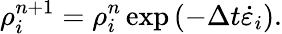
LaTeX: \rho_{i}^{n+1}=\rho_{i}^{n}\exp\left(-\Delta t\dot{\varepsilon}_{i}\right).